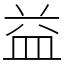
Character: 益